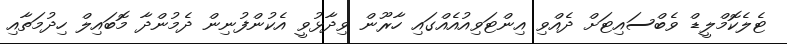
ޓެލެކޮމްލީޑް ވެބްސައިޓަށް ދެއްވި އިންޓަވިއުއެއްގައި ހާރޫން ވިދާޅުވީ އެކުންފުނިން ދެމުންދާ މޮބައިލް ހިދުމަތާއި